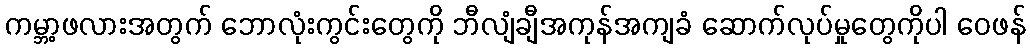
ကမ္ဘာ့ဖလားအတွက် ဘောလုံးကွင်းတွေကို ဘီလျံချီအကုန်အကျခံ ဆောက်လုပ်မှုတွေကိုပါ ဝေဖန်